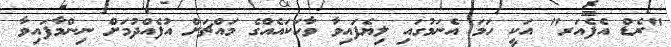
"ރެޑް އެފެއަރ" އަކީ ހަމަ އެނަމުގައި ލިޔެފައިވާ ވާހަކައެއްގެ މައްޗަށް އުފެއްދުމަށް ނިންމާފައިވާ